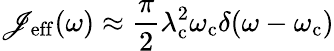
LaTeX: \mathscr{J}_{\mathrm{{eff}}}(\omega)\approx\frac{{\pi}}{{2}}\lambda_{\mathrm{{c}}}^{2}\omega_{\mathrm{{c}}}\delta(\omega-\omega_{\mathrm{{c}}})